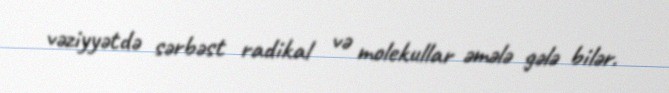
vəziyyətdə sərbəst radikal və molekullar əmələ gələ bilər.